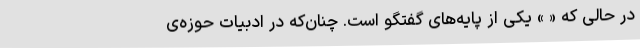
در حالی که « » یکی از پایه‌های گفتگو است. چنان‌که در ادبیات حوزه‌ی